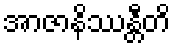
အာဇာနိဿန္တီတိ